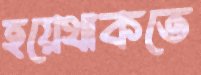
হয়েথাকতে